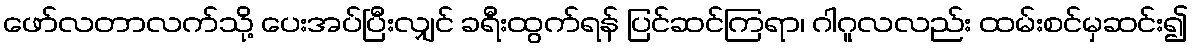
ဖော်လတာလက်သို့ ပေးအပ်ပြီးလျှင် ခရီးထွက်ရန် ပြင်ဆင်ကြရာ၊ ဂါဂူလလည်း ထမ်းစင်မှဆင်း၍